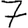
Digit: 7